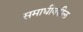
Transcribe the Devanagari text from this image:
समाधीवरील